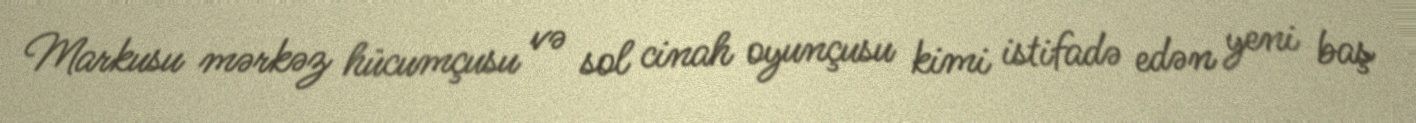
Markusu mərkəz hücumçusu və sol cinah oyunçusu kimi istifadə edən yeni baş